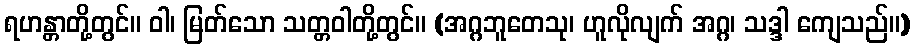
ရဟန္တာတို့တွင်။ ဝါ၊ မြတ်သော သတ္တဝါတို့တွင်။ (အဂ္ဂဘူတေသု၊ ဟူလိုလျက် အဂ္ဂ၊ သဒ္ဒါ ကျေသည်။)